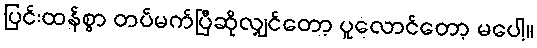
ပြင်းထန်စွာ တပ်မက်ပြီဆိုလျှင်တော့ ပူလောင်တော့ မပေါ့။